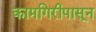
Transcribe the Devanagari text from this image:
कामगिरीपासून